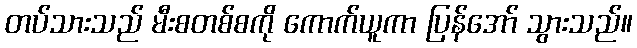
တပ်သားသည် မီးစတစ်စကို ကောက်ယူကာ ပြန်အော် သွားသည်။